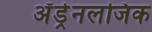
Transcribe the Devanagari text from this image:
अॅड्रेनलजिक